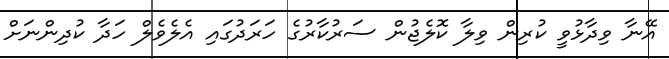
އޭނާ ވިދާޅުވީ ކުރިން ވިލާ ކޮލެޖުން ސަރުކާރުގެ ހަރަދުގައި އެލެވެލް ހަދާ ކުދިންނަށް